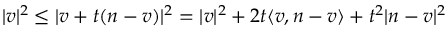
| v | ^ { 2 } \leq | v + t ( n - v ) | ^ { 2 } = | v | ^ { 2 } + 2 t \langle v , n - v \rangle + t ^ { 2 } | n - v | ^ { 2 }